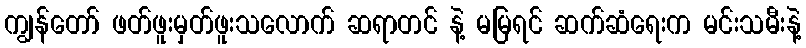
ကျွန်တော် ဖတ်ဖူးမှတ်ဖူးသလောက် ဆရာတင် နဲ့ မမြရင် ဆက်ဆံရေးက မင်းသမီးနဲ့